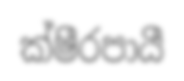
ක්ෂීරපායී